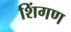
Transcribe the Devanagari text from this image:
शिंगण